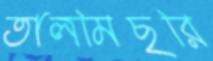
তালমিছরি